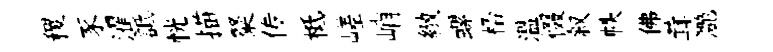
稷豕濯詆恍描粲传柢嵯峭緻螺桮溫惙叙帙佛茸灔